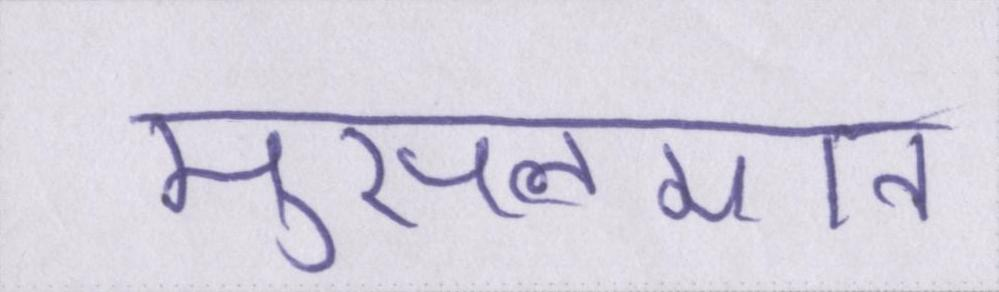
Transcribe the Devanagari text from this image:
मुसलमान